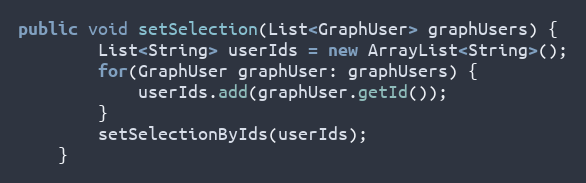
Language: Java
public void setSelection(List<GraphUser> graphUsers) {
        List<String> userIds = new ArrayList<String>();
        for(GraphUser graphUser: graphUsers) {
            userIds.add(graphUser.getId());
        }
        setSelectionByIds(userIds);
    }